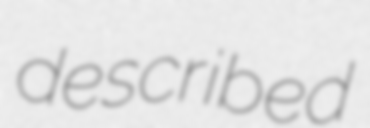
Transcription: described